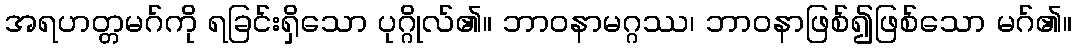
အရဟတ္တမဂ်ကို ရခြင်းရှိသော ပုဂ္ဂိုလ်၏။ ဘာဝနာမဂ္ဂဿ၊ ဘာဝနာဖြစ်၍ဖြစ်သော မဂ်၏။